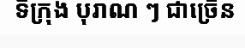
ទីក្រុង បុរាណ ៗ ជាច្រើន